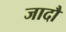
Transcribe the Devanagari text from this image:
जादौ